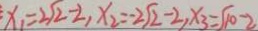
x _ { 1 } = 2 \sqrt { 2 } - 2 , x _ { 2 } = - 2 \sqrt { 2 } - 2 , x _ { 3 } = \sqrt { 1 0 } - 2